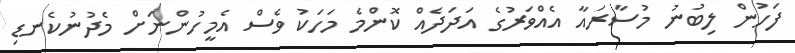
ފަހުން ލިބުނު މުސާރައާ އެއްވަރުގެ އަދަދެއް ކޮންމެ މަހަކު ވެސް އެމީހުންނަށް މެދުނުކެނޑި